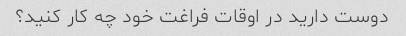
دوست دارید در اوقات فراغت خود چه کار کنید؟